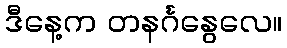
ဒီနေ့က တနင်္ဂနွေလေ။